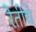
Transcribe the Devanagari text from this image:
रेतीचे